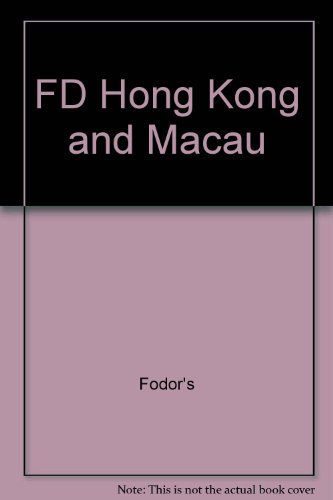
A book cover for FD Hong Kong and Macau; Fodor's; Travel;